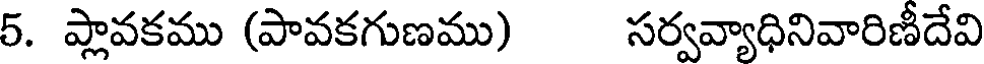
5. ప్లావకము (పావకగుణము) సర్వవ్యాధినివారిణీదేవి